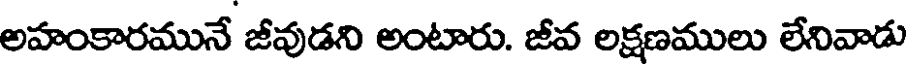
అహంకారమునే జీవుడని అంటారు. జీవ లక్షణములు లేనివాడు